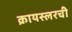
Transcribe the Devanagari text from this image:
क्रायस्लरची